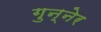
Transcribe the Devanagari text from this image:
गुन्नेर